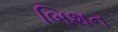
બિશન